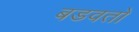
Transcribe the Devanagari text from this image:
बडवतो